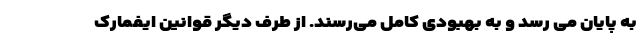
به پایان می رسد و به بهبودی کامل می‌رسند. از طرف دیگر قوانین ایفمارک